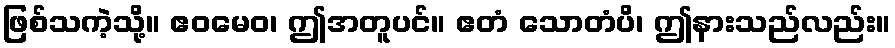
ဖြစ်သကဲ့သို့။ ဧဝမေဝ၊ ဤအတူပင်။ ဧတံ သောတံပိ၊ ဤနားသည်လည်း။